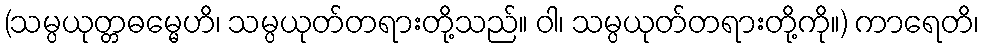
(သမ္ပယုတ္တဓမ္မေဟိ၊ သမ္ပယုတ်တရားတို့သည်။ ဝါ၊ သမ္ပယုတ်တရားတို့ကို။) ကာရေတိ၊